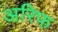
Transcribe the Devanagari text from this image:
अरिफ